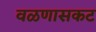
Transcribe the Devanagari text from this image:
वळणासकट